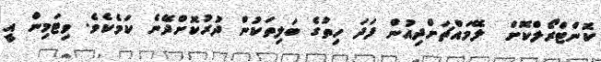
ކޮންޓްރޯލްކޮށް  ލޭމައްޗަށްދިއުން ފަދަ ހިތުގެ ބަލިތަކުން ދުރުކޮށްދޭނެ ކަމެކެވެ. ވިޓަމިން އީ